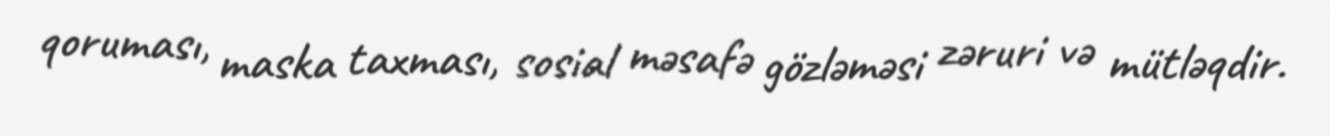
qoruması, maska taxması, sosial məsafə gözləməsi zəruri və mütləqdir.